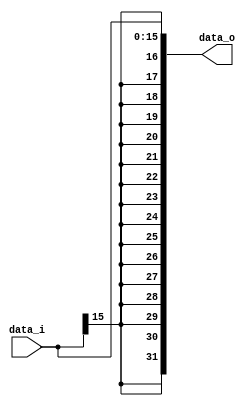
// 0516244 TAY CHUN KEAT ???
//Subject:     CO project 2 - Sign extend
//--------------------------------------------------------------------------------
//Version:     1
//--------------------------------------------------------------------------------
//Writer:      
//----------------------------------------------
//Date:        
//----------------------------------------------
//Description: 
//--------------------------------------------------------------------------------

module Sign_Extend(
    data_i,
    data_o
);
               
//I/O ports
input   [16-1:0] data_i;
output  [32-1:0] data_o;

//Internal Signals
reg    [32-1:0] data_o;
integer k;

//Sign extended
always @(*)
begin
    data_o[15:0] <= data_i[15:0];
        for (k = 16; k < 32; k = k + 1)
            data_o[k] <= data_i[15];
end
endmodule